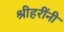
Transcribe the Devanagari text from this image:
श्रीहरींनी